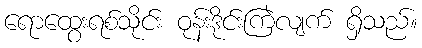
ရောထွေးရစ်သိုင်း ဝုန်းဒိုင်းကြဲလျက် ရှိသည်။